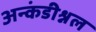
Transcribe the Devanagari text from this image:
अन्कंडीश्नल